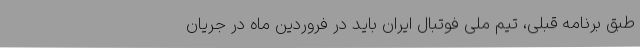
طبق برنامه قبلی، تیم ملی فوتبال ایران باید در فروردین ماه در جریان